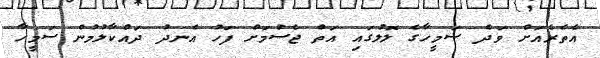
އެތެރެއަށް ވަދެ ސަމީހާގެ ލޮލުގައި އަތް ޖެސުމަށް ފަހު އެނދު ދައްކާލުމުން ސަމީހާ